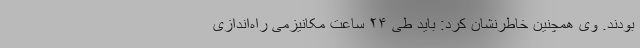
بودند. وی همچنین خاطرنشان کرد: باید طی ۲۴ ساعت مکانیزمی راه‌اندازی